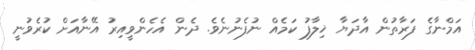
އަމްނާގެ ފަރާތުން އާދަޔާ ޚިލާފު ކަމެއް ނުފެނުނެވެ. ދެން އެހެންވީއިރު އޭނާއަށް ކުރެވުނީ